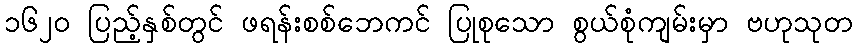
၁၆၂၀ ပြည့်နှစ်တွင် ဖရန်းစစ်ဘေကင် ပြုစုသော စွယ်စုံကျမ်းမှာ ဗဟုသုတ